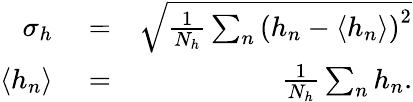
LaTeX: \begin{array}{rlr}{\sigma_{h}}&{{}=}&{\sqrt{\frac{1}{N_{h}}\sum_{n}\left(h_{n}-\langle h_{n}\rangle\right)^{2}}}\\ {\langle h_{n}\rangle}&{{}=}&{\frac{1}{N_{h}}\sum_{n}h_{n}.}\end{array}